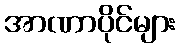
အာဏာပိုင်များ